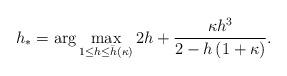
LaTeX: \begin{align*} \begin{aligned} h_* = \arg \max_{1 {} \leq {} h {} \leq {} \bar{h}(\kappa)} 2 h + \frac{\kappa h^3}{2-h\left(1+\kappa\right)} \end{aligned}.\end{align*}